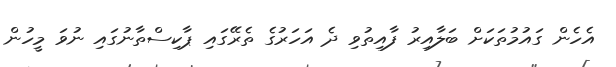
އެހެން ގައުމުތަކަށް ބަލާއިރު ފާއިތުވި ދެ އަހަރުގެ ތެރޭގައި ޕާކިސްތާނުގައި ނުވަ މީހުން